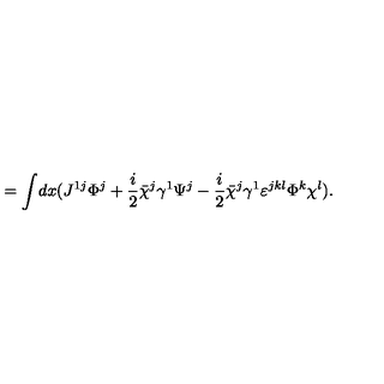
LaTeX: = \int \! d x ( J ^ { 1 j } \Phi ^ { j } + { \frac { i } { 2 } } \bar { \chi } ^ { j } \gamma ^ { 1 } \Psi ^ { j } - { \frac { i } { 2 } } \bar { \chi } ^ { j } \gamma ^ { 1 } \varepsilon ^ { j k l } \Phi ^ { k } \chi ^ { l } ) .